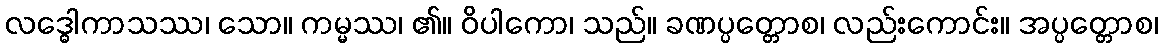
လဒ္ဓေါကာသဿ၊ သော။ ကမ္မဿ၊ ၏။ ဝိပါကော၊ သည်။ ခဏပ္ပတ္တောစ၊ လည်းကောင်း။ အပ္ပတ္တောစ၊